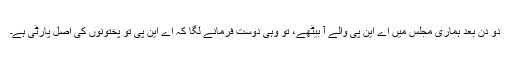
دو دن بعد ہماری مجلس میں اے این پی والے آ بیٹھے، تو وہی دوست فرمانے لگا کہ اے این پی تو پختونوں کی اصل پارٹی ہے۔